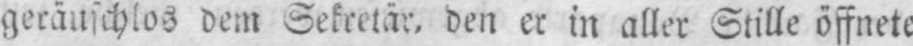
geräuschlos dem Sekretär, den er in aller Stille öffnete